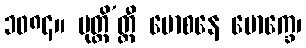
၁၀၈၄။ မုတ္တိ’တ္ထီ မောစနေ မောက္ခေ၊